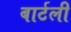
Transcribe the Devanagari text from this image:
बार्टली